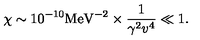
\chi \sim 1 0 ^ { - 1 0 } { \mathrm { M e V } } ^ { - 2 } \times { \frac { 1 } { \gamma ^ { 2 } v ^ { 4 } } } \ll 1 .